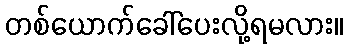
တစ်ယောက်ခေါ်ပေးလို့ရမလား။